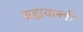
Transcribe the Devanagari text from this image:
ब्रह्मवल्ली